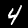
Digit: 4